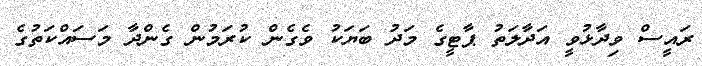
ރައީސް ވިދާޅުވީ އަދާލަތު ޕާޓީގެ މަދު ބަޔަކު ވެގެން ކުރަމުން ގެންދާ މަސައްކަތުގެ